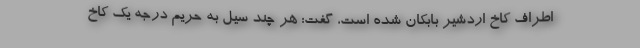
اطراف کاخ اردشیر بابکان شده است، گفت: هر چند سیل به حریم درجه یک کاخ